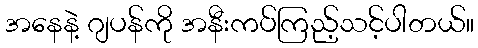
အနေနဲ့ ဂျပန်ကို အနီးကပ်ကြည့်သင့်ပါတယ်။